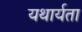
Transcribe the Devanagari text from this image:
यथार्यता